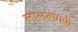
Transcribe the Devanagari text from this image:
लालबागची